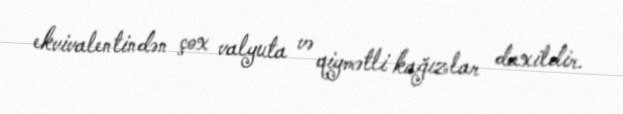
ekvivalentindən çox valyuta və qiymətli kağızlar daxildir.